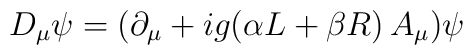
D_\mu\psi=(\partial_\mu+ig(\alpha L+\beta R)\,A_\mu)\psi